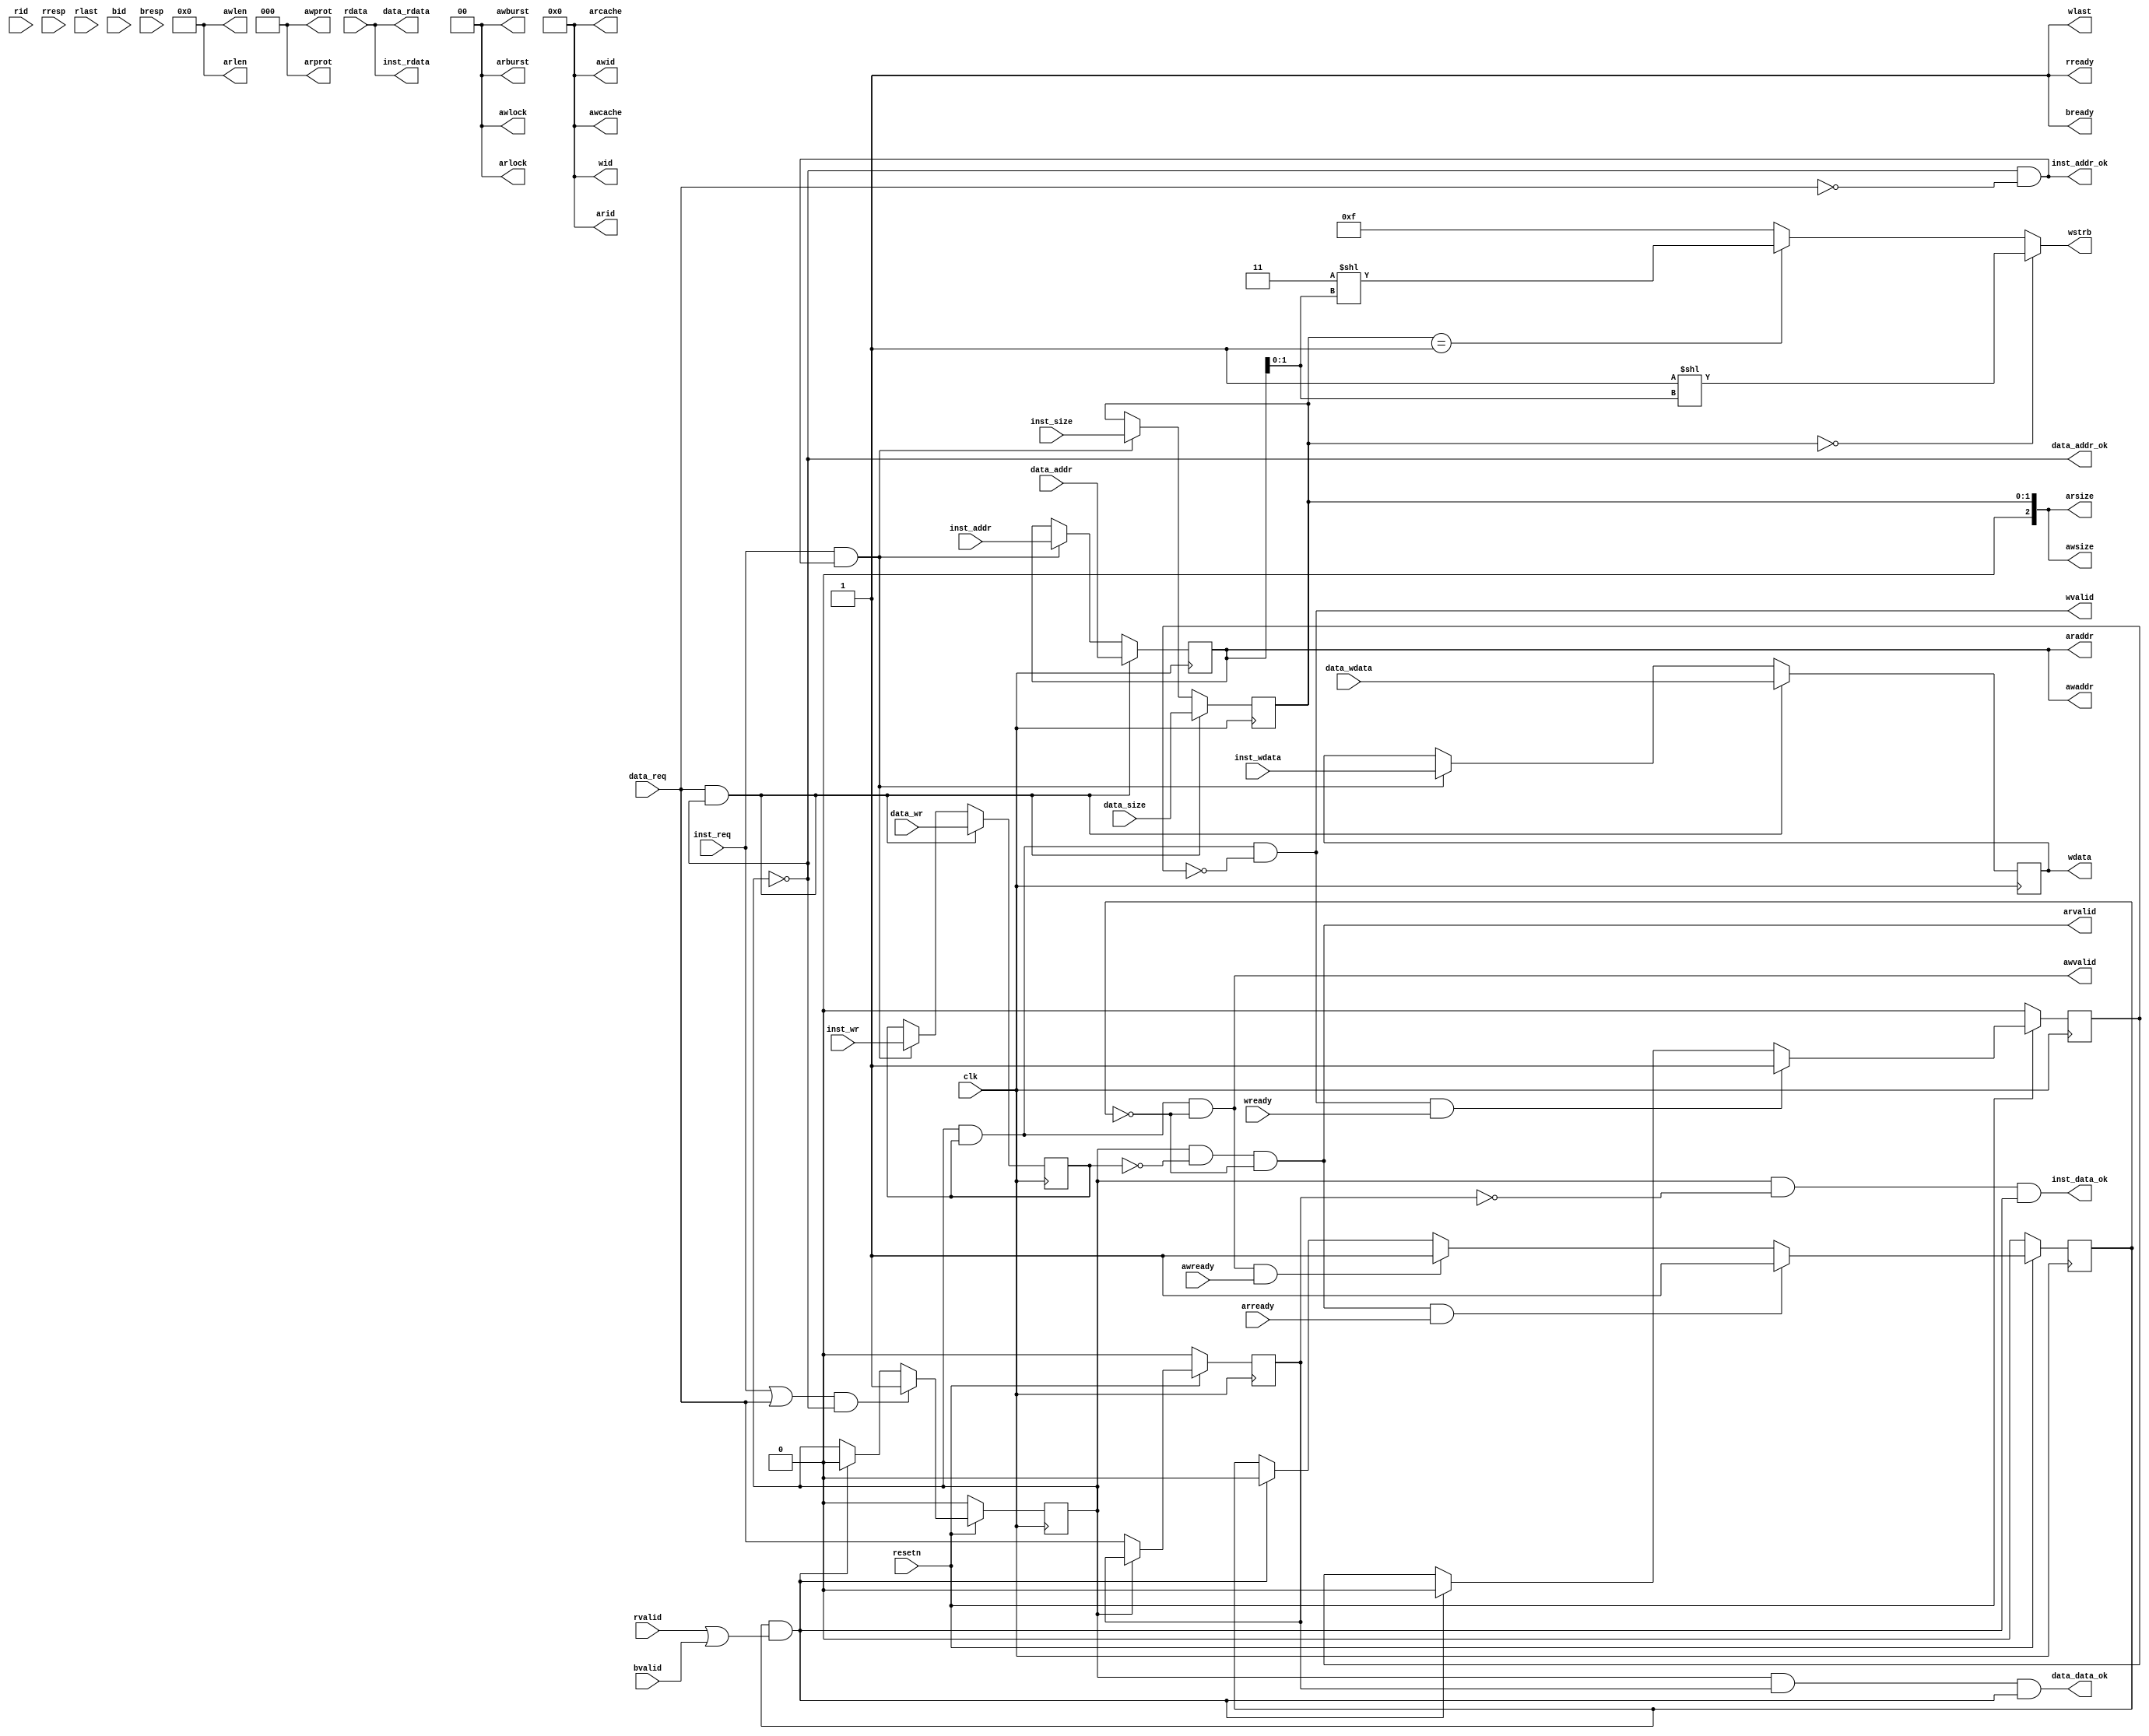
//!!!
//This is a reference to the official adapter bridge design, which we didn't actually use.

module cpu_axi_interface
(
    input         clk,
    input         resetn, 

    //inst sram-like 
    input         inst_req     ,
    input         inst_wr      ,
    input  [1 :0] inst_size    ,
    input  [31:0] inst_addr    ,
    input  [31:0] inst_wdata   ,
    output [31:0] inst_rdata   ,
    output        inst_addr_ok ,
    output        inst_data_ok ,
    
    //data sram-like 
    input         data_req     ,
    input         data_wr      ,
    input  [1 :0] data_size    ,
    input  [31:0] data_addr    ,
    input  [31:0] data_wdata   ,
    output [31:0] data_rdata   ,
    output        data_addr_ok ,
    output        data_data_ok ,

    //axi
    //ar
    output [3 :0] arid         ,
    output [31:0] araddr       ,
    output [7 :0] arlen        ,
    output [2 :0] arsize       ,
    output [1 :0] arburst      ,
    output [1 :0] arlock        ,
    output [3 :0] arcache      ,
    output [2 :0] arprot       ,
    output        arvalid      ,
    input         arready      ,
    //r           
    input  [3 :0] rid          ,
    input  [31:0] rdata        ,
    input  [1 :0] rresp        ,
    input         rlast        ,
    input         rvalid       ,
    output        rready       ,
    //aw          
    output [3 :0] awid         ,
    output [31:0] awaddr       ,
    output [7 :0] awlen        ,
    output [2 :0] awsize       ,
    output [1 :0] awburst      ,
    output [1 :0] awlock       ,
    output [3 :0] awcache      ,
    output [2 :0] awprot       ,
    output        awvalid      ,
    input         awready      ,
    //w          
    output [3 :0] wid          ,
    output [31:0] wdata        ,
    output [3 :0] wstrb        ,
    output        wlast        ,
    output        wvalid       ,
    input         wready       ,
    //b           
    input  [3 :0] bid          ,
    input  [1 :0] bresp        ,
    input         bvalid       ,
    output        bready       
);
//addr
reg do_req;
reg do_req_or; //req is inst or data;1:data,0:inst
reg        do_wr_r;
reg [1 :0] do_size_r;
reg [31:0] do_addr_r;
reg [31:0] do_wdata_r;
wire data_back;

assign inst_addr_ok = !do_req&&!data_req;
assign data_addr_ok = !do_req;
always @(posedge clk)
begin
    do_req     <= !resetn                       ? 1'b0 : 
                  (inst_req||data_req)&&!do_req ? 1'b1 :
                  data_back                     ? 1'b0 : do_req;
    do_req_or  <= !resetn ? 1'b0 : 
                  !do_req ? data_req : do_req_or;

    do_wr_r    <= data_req&&data_addr_ok ? data_wr :
                  inst_req&&inst_addr_ok ? inst_wr : do_wr_r;
    do_size_r  <= data_req&&data_addr_ok ? data_size :
                  inst_req&&inst_addr_ok ? inst_size : do_size_r;
    do_addr_r  <= data_req&&data_addr_ok ? data_addr :
                  inst_req&&inst_addr_ok ? inst_addr : do_addr_r;
    do_wdata_r <= data_req&&data_addr_ok ? data_wdata :
                  inst_req&&inst_addr_ok ? inst_wdata :do_wdata_r;
end

//inst sram-like
assign inst_data_ok = do_req&&!do_req_or&&data_back;
assign data_data_ok = do_req&& do_req_or&&data_back;
assign inst_rdata   = rdata;
assign data_rdata   = rdata;

//---axi
reg addr_rcv;
reg wdata_rcv;

assign data_back = addr_rcv && (rvalid&&rready||bvalid&&bready);
always @(posedge clk)
begin
    addr_rcv  <= !resetn          ? 1'b0 :
                 arvalid&&arready ? 1'b1 :
                 awvalid&&awready ? 1'b1 :
                 data_back        ? 1'b0 : addr_rcv;
    wdata_rcv <= !resetn        ? 1'b0 :
                 wvalid&&wready ? 1'b1 :
                 data_back      ? 1'b0 : wdata_rcv;
end
//ar
assign arid    = 4'd0;
assign araddr  = do_addr_r;
assign arlen   = 8'd0;
assign arsize  = do_size_r;
assign arburst = 2'd0;
assign arlock  = 2'd0;
assign arcache = 4'd0;
assign arprot  = 3'd0;
assign arvalid = do_req&&!do_wr_r&&!addr_rcv;
//r
assign rready  = 1'b1;

//aw
assign awid    = 4'd0;
assign awaddr  = do_addr_r;
assign awlen   = 8'd0;
assign awsize  = do_size_r;
assign awburst = 2'd0;
assign awlock  = 2'd0;
assign awcache = 4'd0;
assign awprot  = 3'd0;
assign awvalid = do_req&&do_wr_r&&!addr_rcv;
//w
assign wid    = 4'd0;
assign wdata  = do_wdata_r;
assign wstrb  = do_size_r==2'd0 ? 4'b0001<< do_addr_r[1:0] :
                do_size_r==2'd1 ? 4'b0011<< do_addr_r[1:0] : 4'b1111;
assign wlast  = 1'd1;
assign wvalid = do_req&&do_wr_r&&!wdata_rcv;
//b
assign bready  = 1'b1;

endmodule